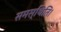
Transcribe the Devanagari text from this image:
समस्थिति।